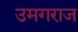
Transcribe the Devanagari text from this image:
उमगराज